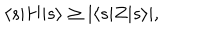
\langle s | H | s \rangle \geq | \langle s | Z | s \rangle | ,